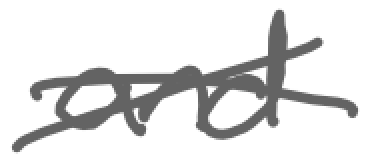
Text: and
Cross-out: cross
Writing tool: digital_gray